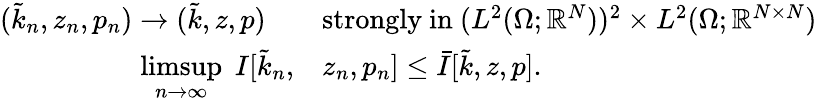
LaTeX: \begin{array}{rl}{(\tilde{k}_{n},z_{n},p_{n})\to(\tilde{k},z,p)\quad}&{\mathrm{strongly~in~}(L^{2}(\Omega;\mathbb{R}^{N}))^{2}\times L^{2}(\Omega;\mathbb{R}^{N\times N})}\\ {\underset{n\to\infty}{\operatorname*{limsup}}\; I[\tilde{k}_{n},}&{z_{n},p_{n}]\leq\bar{I}[\tilde{k},z,p].}\end{array}